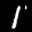
Label: 1